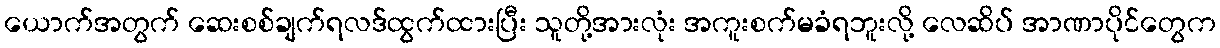
ယောက်အတွက် ဆေးစစ်ချက်ရလဒ်ထွက်ထားပြီး သူတို့အားလုံး အကူးစက်မခံရဘူးလို့ လေဆိပ် အာဏာပိုင်တွေက